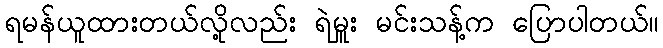
ရမန်ယူထားတယ်လို့လည်း ရဲမှူး မင်းသန့်က ပြောပါတယ်။